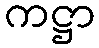
ကဋ္ဌာ